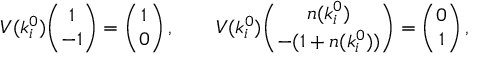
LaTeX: V ( k _ { i } ^ { 0 } ) { \binom { 1 } { - 1 } } = { \binom { 1 } { 0 } } \, , \qquad V ( k _ { i } ^ { 0 } ) { \binom { n ( k _ { i } ^ { 0 } ) } { - ( 1 + n ( k _ { i } ^ { 0 } ) ) } } = { \binom { 0 } { 1 } } \, ,